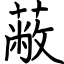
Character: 蔽